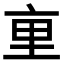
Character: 𫟯